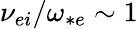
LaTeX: \nu_{ei}/\omega_{*e}\sim 1